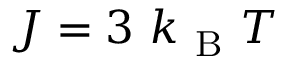
J = 3 \mathrm { ~ } k _ { \mathrm { ~ B ~ } } T